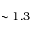
\sim 1 . 3